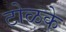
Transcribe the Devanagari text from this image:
टोळके